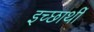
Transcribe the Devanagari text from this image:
इच्छार्थी